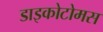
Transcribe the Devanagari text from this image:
डाइकोटोमस